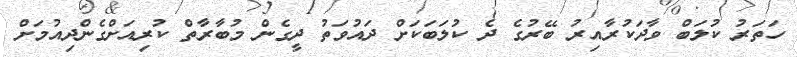
ހަތަރު ކުލަބް ވާދަކުރާއިރު ބޭރުގެ ދެ ކުލަބަކަށް ދައުވަތު ދީގެން މުބާރާތް ކުރިއަށްގެންދިއުމަށް